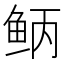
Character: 𫚎